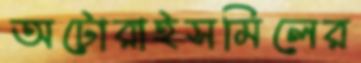
অটোরাইসমিলের